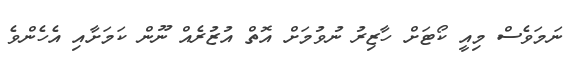
ނަމަވެސް މިއީ ކޯޓަށް ހާޒިރު ނުވުމަށް އޮތް އުޒުރެއް ނޫން ކަމަށާއި އެހެންވެ